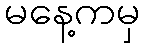
မနေ့ကမှ